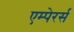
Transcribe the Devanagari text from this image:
एम्पेरर्स